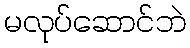
မလုပ်ဆောင်ဘဲ